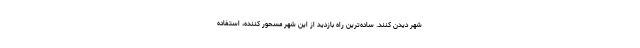
شهر دیدن کنند. ساده‌ترین راه بازدید از این شهر مسحور کننده، استفاده